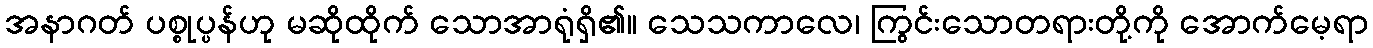
အနာဂတ် ပစ္စုပ္ပန်ဟု မဆိုထိုက် သောအာရုံရှိ၏။ သေသကာလေ၊ ကြွင်းသောတရားတို့ကို အောက်မေ့ရာ